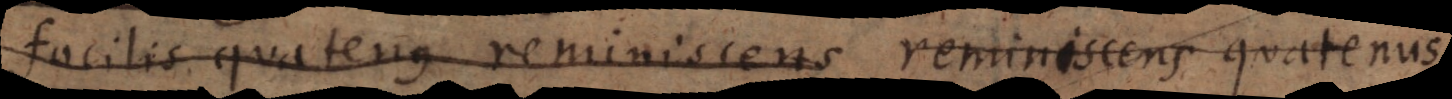
facilis quatenus reminiscens reminiscens quatenus